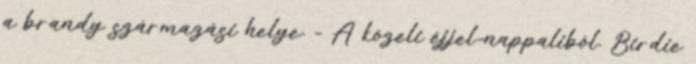
a brandy származási helye. - A közeli éjjel-nappaliból. Birdie